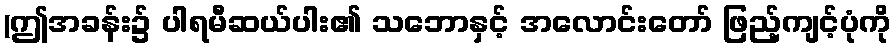
(ဤအခန်း၌ ပါရမီဆယ်ပါး၏ သဘောနှင့် အလောင်းတော် ဖြည့်ကျင့်ပုံကို